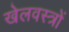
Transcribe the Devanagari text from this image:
खेलवस्त्रों